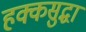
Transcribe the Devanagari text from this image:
हक्कसुद्धा